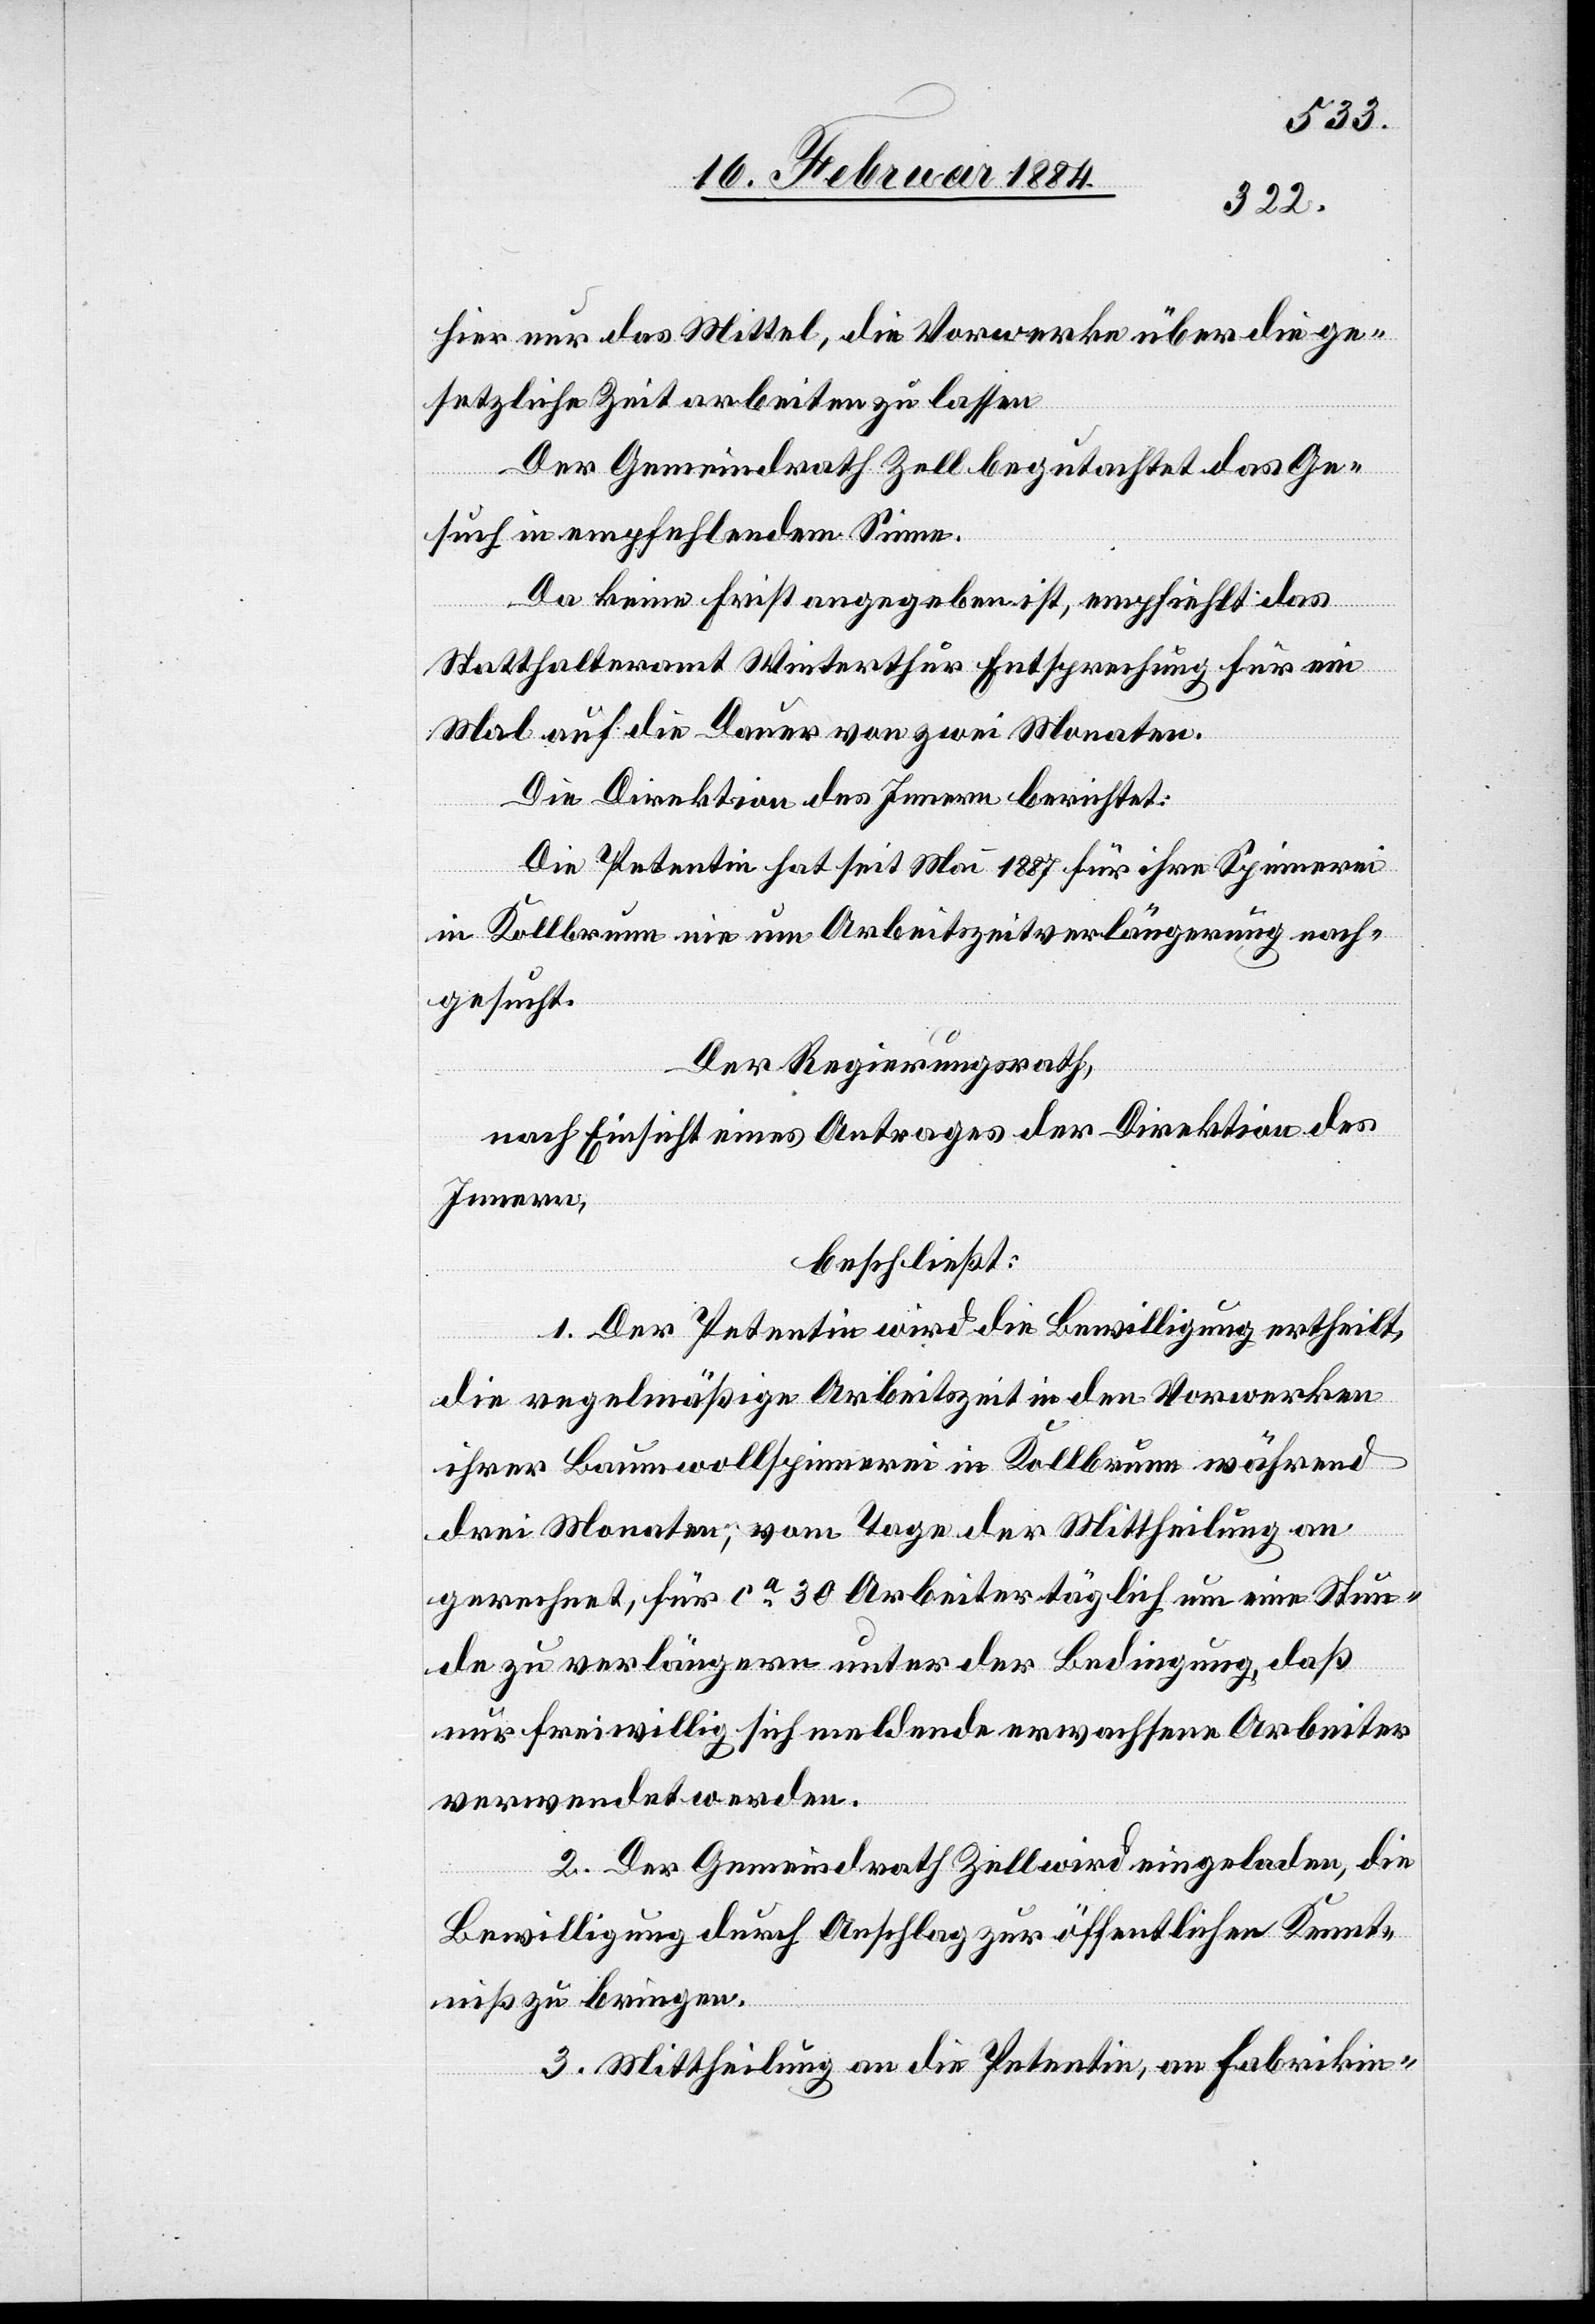
hier nur das Mittel, die Vorwerke über die ge¬
setzliche Zeit arbeiten zu lassen.
Der Gemeindrath Zell begutachtet das Ge¬
such in empfehlendem Sinne.
Da keine Frist angegeben ist, empfiehlt das
drei
Statthalteramt Winterthur Entsprechung für ein
Mal auf die Dauer von zwei Monaten.
Die Direktion des Innern berichtet:
Die Petentin hat seit Mai 1887 [sic!] für ihre Spinnerei
in Kollbrunn nie um Arbeitszeitverlängerung nach¬
gesucht.
Der Regierungsrath,
nach Einsicht eines Antrages der Direktion des
Innern,
beschließt:
1. Der Petentin wird die Bewilligung ertheilt,
die regelmäßige Arbeitszeit in den Vorwerken
ihrer Baumwollspinnerei in Kollbrunn während
Monaten, vom Tage der Mittheilung an
gerechnet, für ca 30 Arbeiter täglich um eine Stun¬
de zu verlängern unter der Bedingung, daß
nur freiwillig sich meldende erwachsene Arbeiter
verwendet werden.
2. Der Gemeindrath Zell wird eingeladen, die
Bewilligung durch Anschlag zur öffentlichen Kennt¬
niß zu bringen.
3. Mittheilung an die Petentin, an Fabrikin-